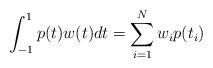
LaTeX: \begin{align*}\int_{-1}^1p(t)w(t)dt=\sum_{i=1}^Nw_i p(t_i)\end{align*}